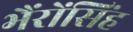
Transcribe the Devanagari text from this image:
भैंरोंसिंह